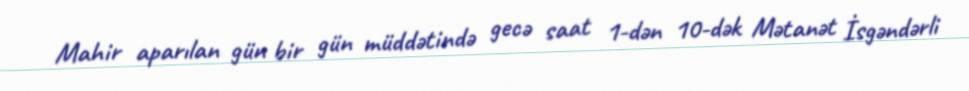
Mahir aparılan gün bir gün müddətində gecə saat 1-dən 10-dək Mətanət İsgəndərli